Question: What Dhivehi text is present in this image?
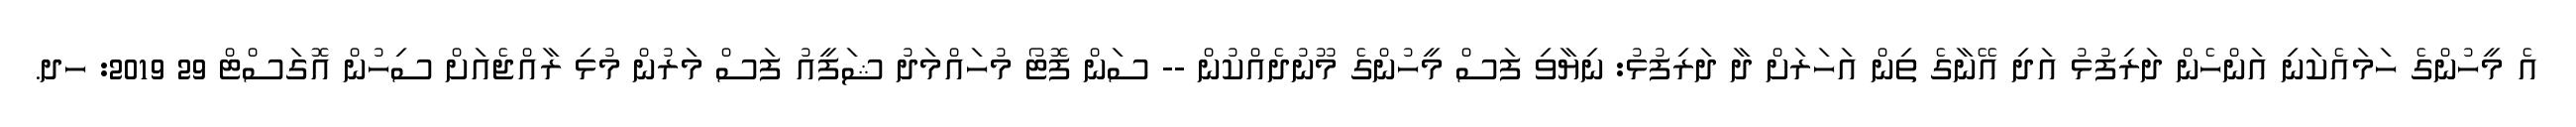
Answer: އެ މީހުންގެ ހަމައެކަނި އަންހެން ދަރިފުޅު އަދި އޭނާގެ ތިން އަހަރަށް ދާ ދަރިފުޅު: ނިޔާވި ފަސް މީހުންގެ މޫނުދެއްކުން -- ސަން ފޮޓޯ މުހައްމަދު ޝަފީއު ފަސް މަރުން މުޅި ރާއްޖެއަށް ސިހުން އޮގަސްޓް 29 2019: ހދ.